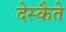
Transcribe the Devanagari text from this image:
देस्कैते